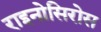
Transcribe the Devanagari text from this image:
राइनोसिरोस